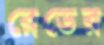
রেডের